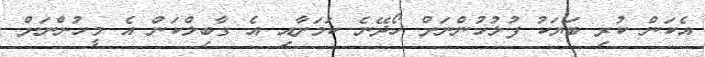
އެކަން ކުރި ބަޔަކު ފުލުހުންނަށް ހޯދޭނެ ކަމަށާއި އެ ގާބިލްކަން އެ މީހުންނަށް